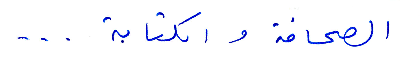
الصحافة أو الكتابة...